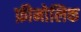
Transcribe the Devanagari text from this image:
फ़ीनोलिक